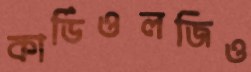
কার্ডিওলজিও